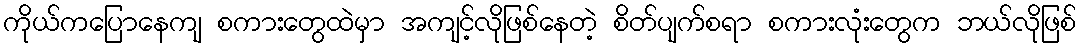
ကိုယ်ကပြောနေကျ စကားတွေထဲမှာ အကျင့်လိုဖြစ်နေတဲ့ စိတ်ပျက်စရာ စကားလုံးတွေက ဘယ်လိုဖြစ်